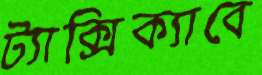
ট্যাক্সিক্যাবে